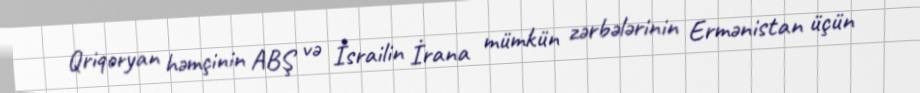
Qriqoryan həmçinin ABŞ və İsrailin İrana mümkün zərbələrinin Ermənistan üçün